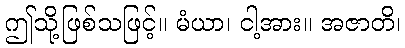
ဤသို့ဖြစ်သဖြင့်။ မံယာ၊ ငါ့အား။ အဇာတိ၊